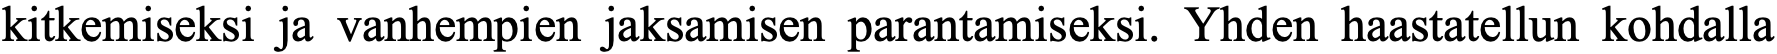
kitkemiseksi ja vanhempien jaksamisen parantamiseksi. Yhden haastatellun kohdalla